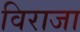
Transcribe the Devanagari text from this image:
विराजा